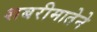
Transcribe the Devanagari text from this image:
शबरीमातेने